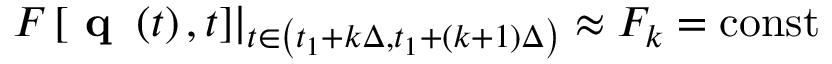
\begin{array} { r } { F \left[ \textbf { q } \left( t \right) , t \right] \rvert _ { t \in \left( t _ { 1 } + k \Delta , t _ { 1 } + \left( k + 1 \right) \Delta \right) } \approx F _ { k } = \mathrm { c o n s t } } \end{array}